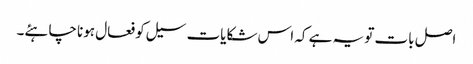
اصل بات تو یہ ہے کہ اس شکایات سیل کو فعال ہونا چاہئے۔